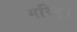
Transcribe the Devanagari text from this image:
गरिन्।